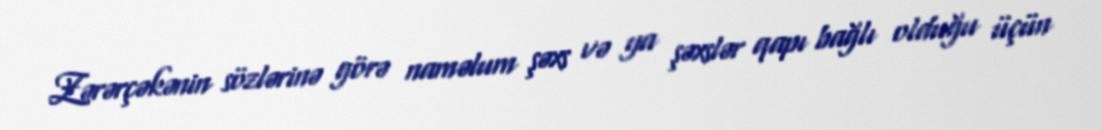
Zərərçəkənin sözlərinə görə naməlum şəxs və ya şəxslər qapı bağlı olduğu üçün